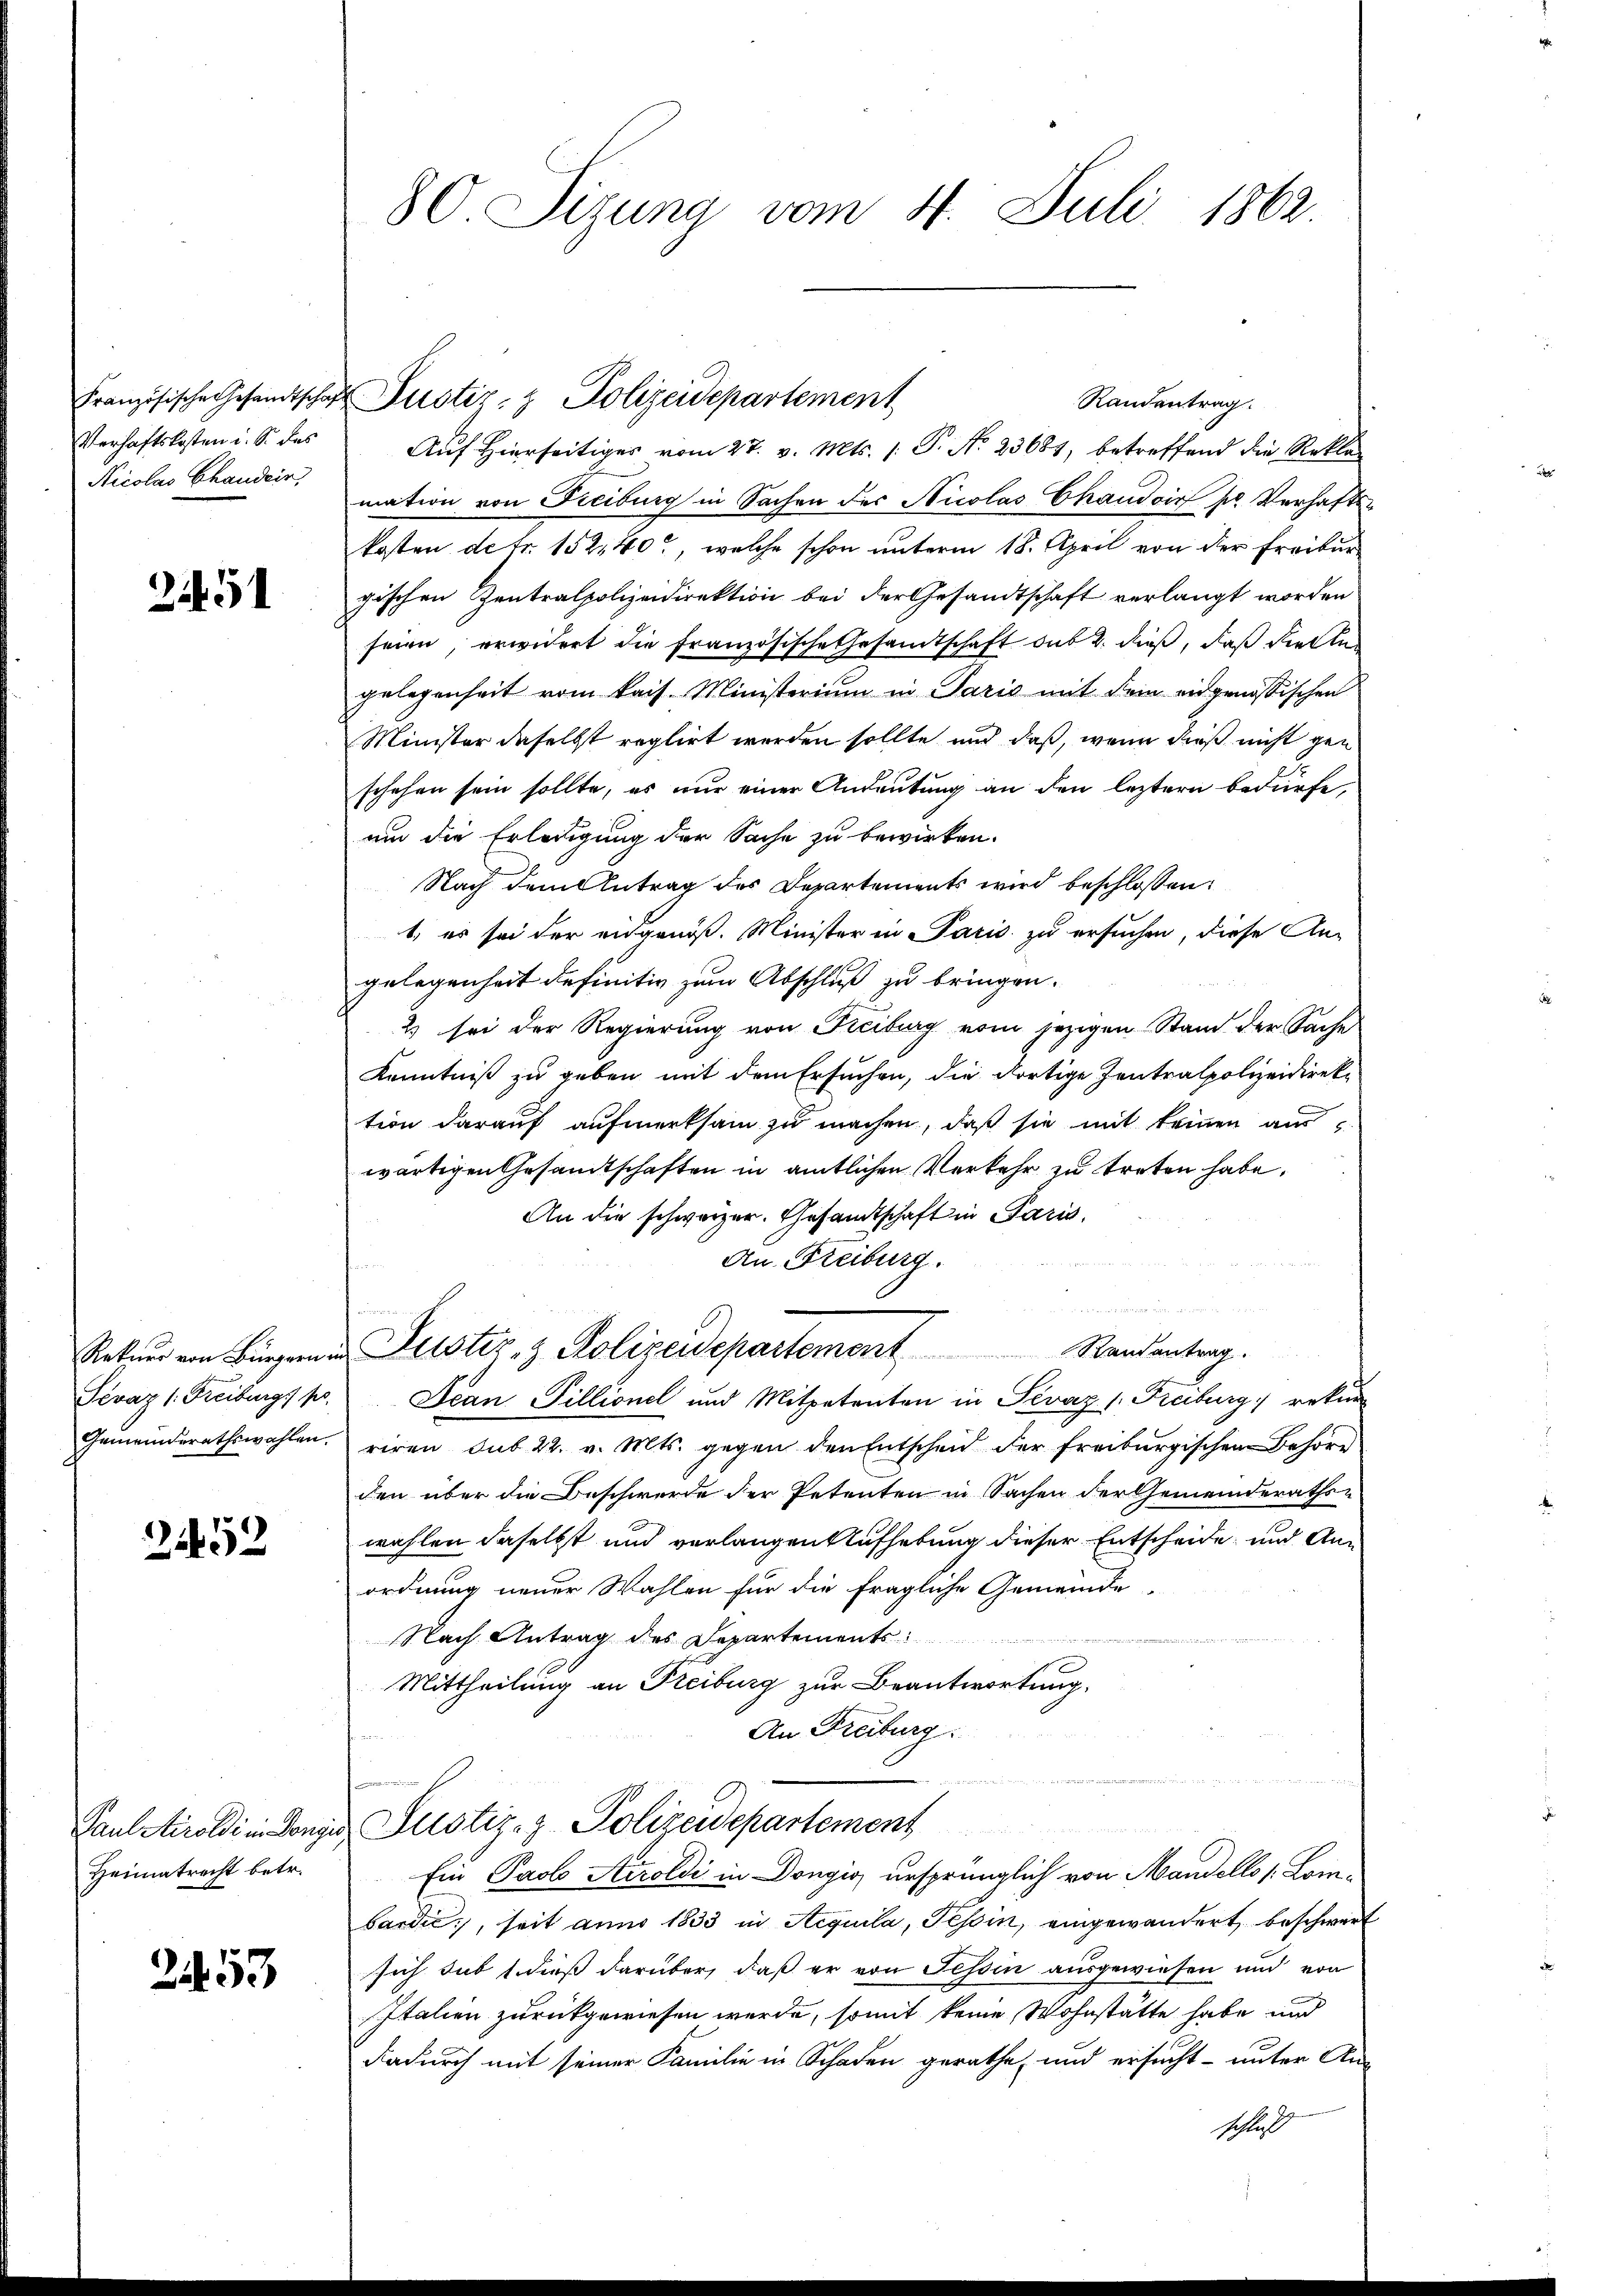
Französische Gesandtschaf
Verhaftskosten i. S. das
Nicolas Chandein,

2451

Rekurr von Bürgern.
Sevaz 1. Freiburg. pr.
Gemeinderathswahlen.

2452

Paul Airoldi in Konze
Heimatrecht betr.

253

80. Sizung vom 4. Juli 1862

Auf Hierseitiges vom 27. v. Mts. (: P. No. 23681, betreffend die Rekla-
mation von Freiburg in Sachen des Nicolas Chaudoir pr. Verhaftskosten de fr. 152,40, welche schon unterm 18. April von der Freiburgischen Zentralpolizeidirektion bei der Gesandtschaft verlangt worden
seien, erwidert die französische Gesandtschaft das 2. dieß, daß diente
gelegenheit vom kais. Ministerium in Paris mit dem eidgenössischen
Minister daselbst reglirt werden sollte und daß, wenn dieß nicht gen
schehen sein sollte, es nur einer Andeutung an den leztern bedürfe,
um die Erledigung der Sache zu bewirken.
Nach dem Antrag des Departements wird beschlossen:
1, es sei der eidgenöß. Minister in Paris zu ersuchen, diese An-
gelegenheit definitiv zum Abschluß zu bringen.
2 sei der Regierung von Piciburg vom jezigen Stand der Sache
Kenntniß zu geben mit dem Ersuchen, die dortige Zentralpolizeidirektion darauf aufmerksam zu machen, daß sie mit keinen auswärtigen Gesandtschaften in amtlichen Verkehr zu treten habe.
An die schwarzer. Gesandtschaft in Paris,
An Freiburg.
Randantrag.
Justiz- & Polizeidepartement
Scan Tillionel und Mitpetenten in Pevaz 1. Freiburg rekur
riren sub 22. v. Mts. gegen den Entscheid der freiburgischen Behöre
den über die Beschwerde der Petenten in Sachen der Gemeinderaths-
wahlen daselbst und verlangen Aufhebung dieser Entscheide, und Ann
ordnung neuer Wahlen für die fragliche Gemeinde
Nach Antrag des Departements
Mittheilung an Freiburg zur Beantwortung,
An Freiburg.
Freihe
u
w
Justiz- & Polizeidepartement
Ein Paol Airoldi in Dongig ursprünglich von Mandello /:Lombardić, seit anno 1833 in Aequila, Tessin, eingewandert beschwert
sich sub 1. dieß darüber, daß er von Tessin ausgewiesen und von
Italien zurückgewiesen werde, somit keine Wohnstätte habe und
dadurch mit seiner Familie in Schaden gerathe, und ersucht- unter An-
schluss

Justiz- & Polizeidepartement

Randantrag.